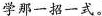
学那一招一式。